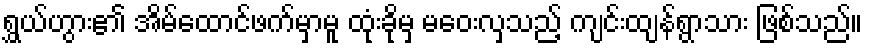
ရွှယ်ဟွား၏ အိမ်ထောင်ဖက်မှာမူ ထုံးခိုမှ မဝေးလှသည့် ကျင်းထျန်ရွာသား ဖြစ်သည်။